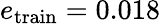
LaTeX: e_{\mathrm{train}}=0.018